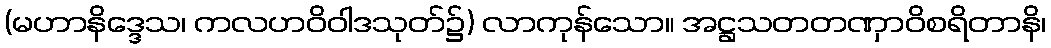
(မဟာနိဒ္ဒေသ၊ ကလဟဝိဝါဒသုတ်၌) လာကုန်သော။ အဋ္ဌသတတဏှာဝိစရိတာနိ၊